Leaving Certificate Examination, 1906
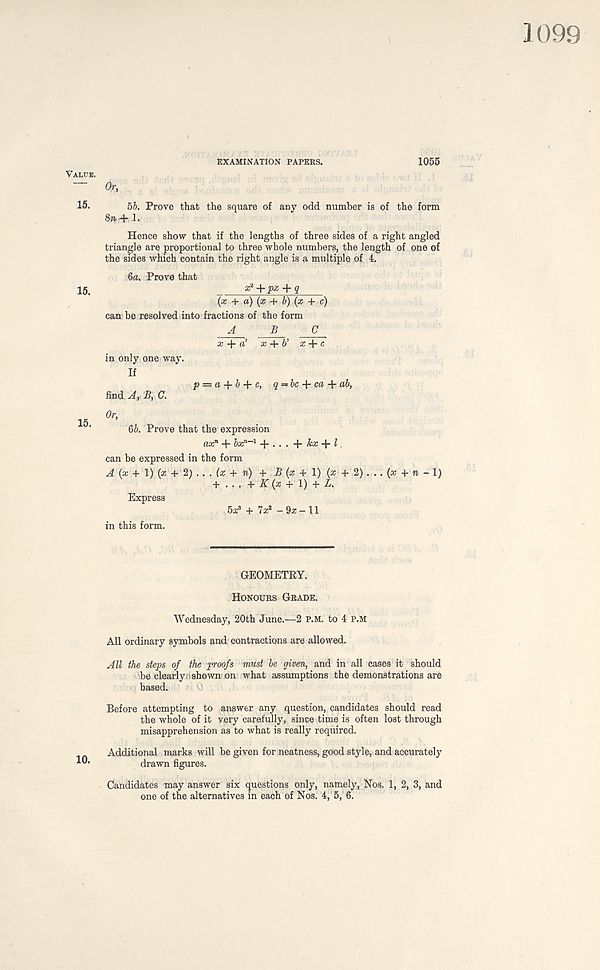
EXAMINATION PAPERS.
1055
— Or,
15.
bb. Prove that the square of any odd number is of the form
8m.-M.
Hence show that if the lengths of three sides of a right angled
triangle are proportional to three whole numbers, the length of one of
the sides which contain the right angle is a multiple of 4.
ба. Prove that
15.
a^+jM + g
(x + a) (x + b) (x + c)
can be resolved into fractions of the form
A
B
C
x + a’ . x + V x + c
in only one way.
If
p = a + b + c, q = bc + ca + ab,
find A, B, C.
Or,
15
бб. Prove that the expression
ax n + bx n~l
kx 1
can be expressed in the form
A {x + V) (x + 1) . . . (x + n) + i? (a; + 1) (a; + 2) . . . (a + n -1)
+ ... + K {x + V) + L-
Express
5a;3 + 7a;* -9a:-11
in this form.
GEOMETRY.
Honours Grade.
Wednesday, 20th June.—2 P.M. to 4 p.m
All ordinary symbols and contractions are allowed.
All the steps of the proofs must be given, and in all cases it should
be clearly shown on what assumptions the demonstrations are
based.
Before attempting to answer any question, candidates should read
the whole of it very carefully, since time is often lost through
misapprehension as to what is really required.
Additional marks will be given for neatness, good style, and accurately
drawn figures.
Candidates may answer six questions only, namely, Nos. 1, 2, 3, and
one of the alternatives in each of Nos. 4, 5, 6.